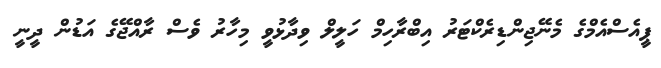
ޕީއެސްއެމްގެ މެނޭޖިންޑިރެކްޓަރު އިބްރާހިމް ހަލީލް ވިދާޅުވީ މިހާރު ވެސް ރާއްޖޭގެ އަޑުން ދީނީ